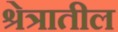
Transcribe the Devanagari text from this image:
श्रेत्रातील